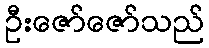
ဦးဇော်ဇော်သည်